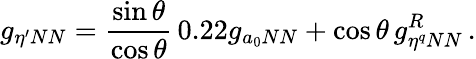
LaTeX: g_{\eta^{\prime}NN}={\frac{\sin\theta}{\cos\theta}}\, 0.22g_{a_{0}NN}+\cos\theta\, g_{\eta^{q}NN}^{R}\, .